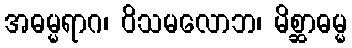
အဓမ္မရာဂ၊ ဝိသမလောဘ၊ မိစ္ဆာဓမ္မ